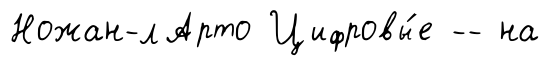
Ножан-лАрто Цифровы́е -- на